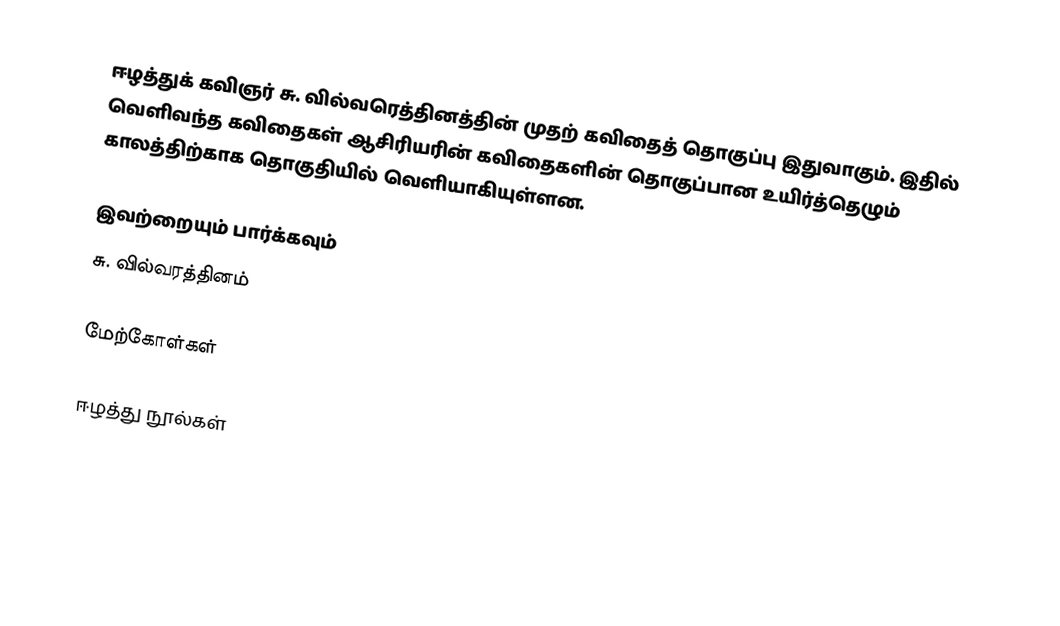
ஈழத்துக் கவிஞர் சு. வில்வரெத்தினத்தின் முதற் கவிதைத் தொகுப்பு இதுவாகும். இதில் வெளிவந்த கவிதைகள் ஆசிரியரின் கவிதைகளின் தொகுப்பான உயிர்த்தெழும் காலத்திற்காக தொகுதியில் வெளியாகியுள்ளன.

இவற்றையும் பார்க்கவும்
 சு. வில்வரத்தினம்

மேற்கோள்கள்

ஈழத்து நூல்கள்